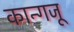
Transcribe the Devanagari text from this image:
कान्गजू